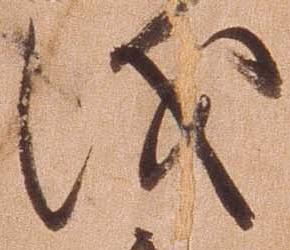
儀